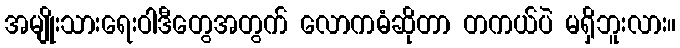
အမျိုးသားရေးဝါဒီတွေအတွက် လောကဓံဆိုတာ တကယ်ပဲ မရှိဘူးလား။